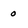
Character: 0